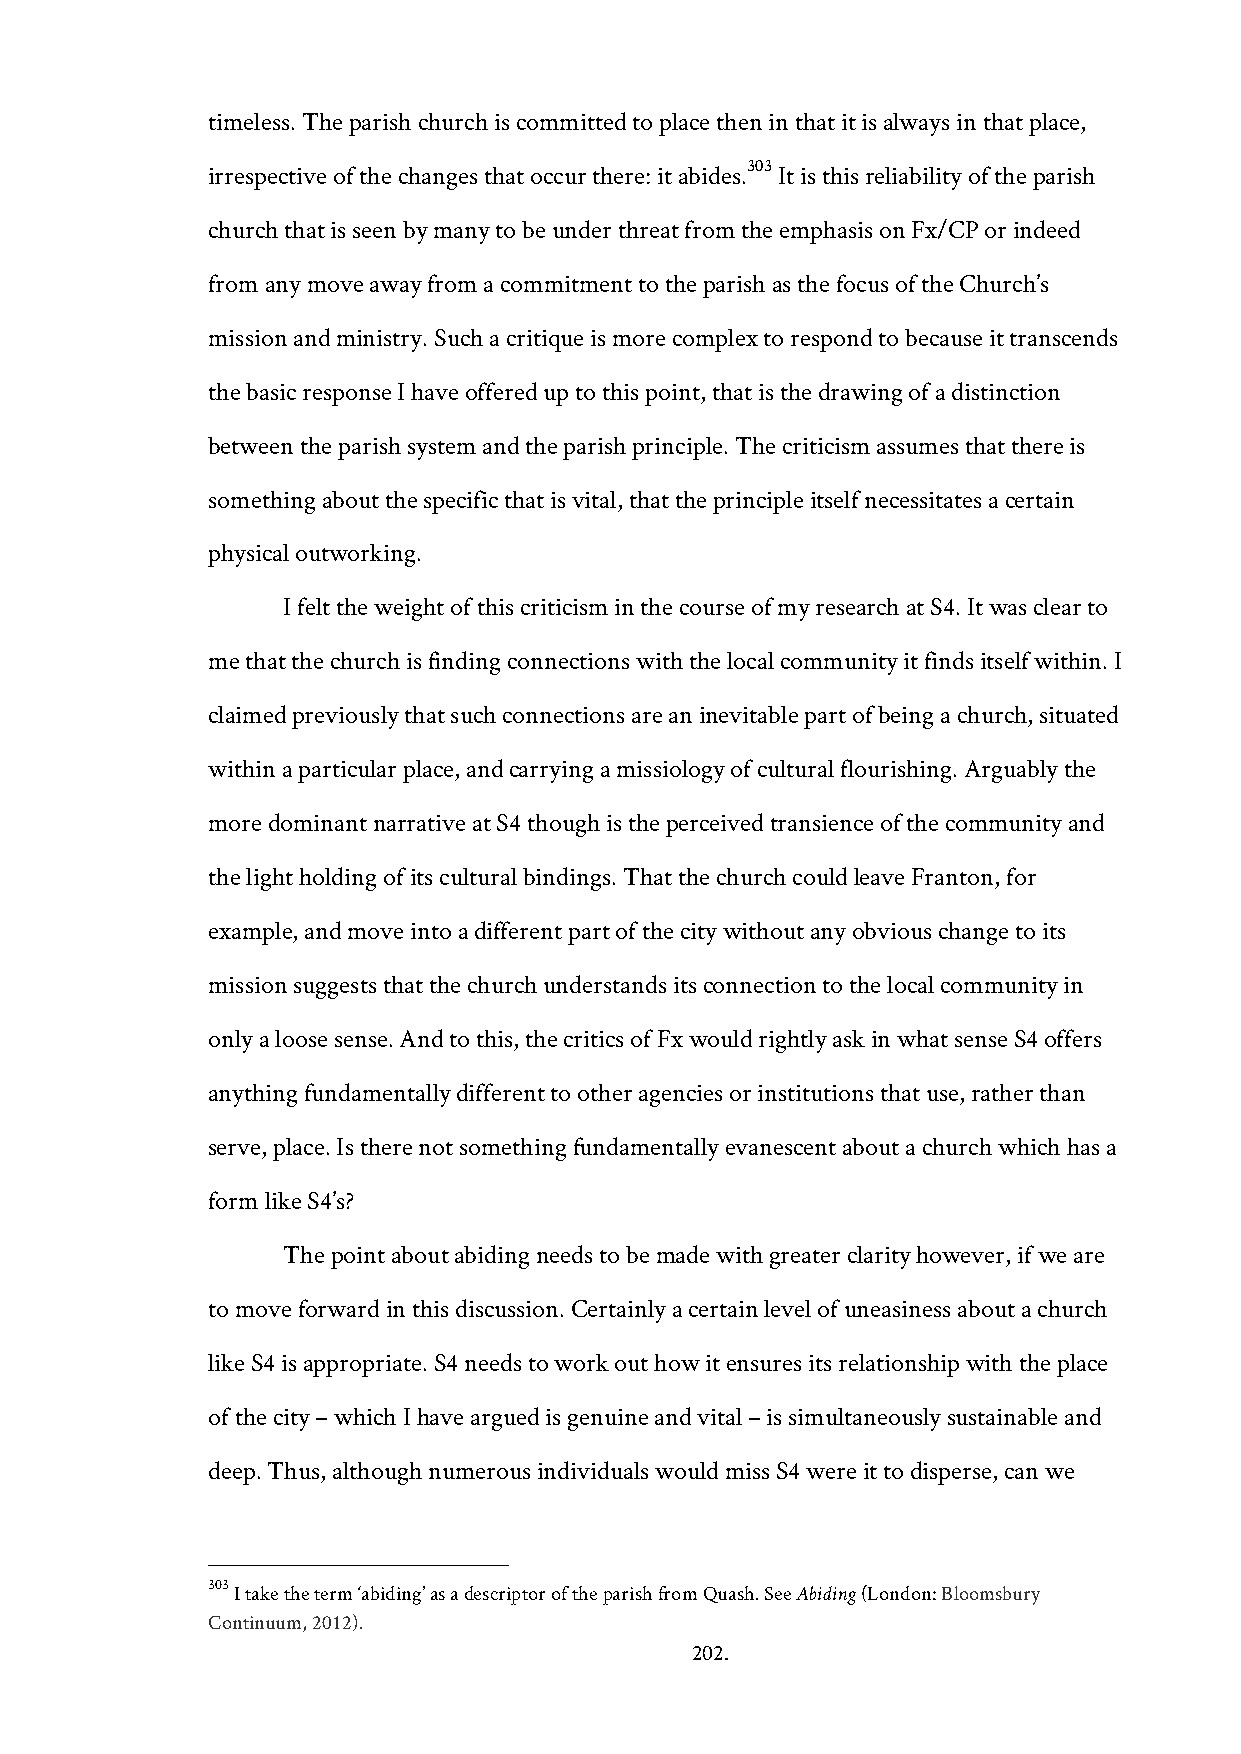
timeless. The parish church is committed to place then in that it is always in that place,
 303
 irrespective of the changes that occur there: it abides. It is this reliability of the parish
 church that is seen by many to be under threat from the emphasis on Fx/CP or indeed
 from any move away from a commitment to the parish as the focus of the Church’s
 mission and ministry. Such a critique is more complex to respond to because it transcends
 the basic response I have offered up to this point, that is the drawing of a distinction
 between the parish system and the parish principle. The criticism assumes that there is
 something about the specific that is vital, that the principle itself necessitates a certain
 physical outworking.
 I felt the weight of this criticism in the course of my research at S4. It was clear to
 me that the church is finding connections with the local community it finds itself within. I
 claimed previously that such connections are an inevitable part of being a church, situated
 within a particular place, and carrying a missiology of cultural flourishing. Arguably the
 more dominant narrative at S4 though is the perceived transience of the community and
 the light holding of its cultural bindings. That the church could leave Franton, for
 example, and move into a different part of the city without any obvious change to its
 mission suggests that the church understands its connection to the local community in
 only a loose sense. And to this, the critics of Fx would rightly ask in what sense S4 offers
 anything fundamentally different to other agencies or institutions that use, rather than
 serve, place. Is there not something fundamentally evanescent about a church which has a
 form like S4’s?
 The point about abiding needs to be made with greater clarity however, if we are
 to move forward in this discussion. Certainly a certain level of uneasiness about a church
 like S4 is appropriate. S4 needs to work out how it ensures its relationship with the place
 of the city – which I have argued is genuine and vital – is simultaneously sustainable and
 deep. Thus, although numerous individuals would miss S4 were it to disperse, can we
 303 I take the term ‘abiding’ as a descriptor of the parish from Quash. See Abiding (London: Bloomsbury
 Continuum, 2012).
 202.